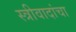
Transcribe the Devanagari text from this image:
स्त्रीवादांचा